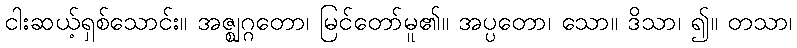
ငါးဆယ့်ရှစ်သောင်း။ အဇ္ဈဂ္ဂတော၊ မြင်တော်မူ၏။ အပ္ပတော၊ သော။ ဒိသာ၊ ၍။ တသာ၊